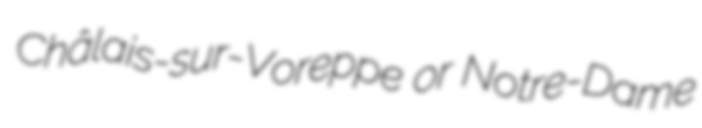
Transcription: Châlais-sur-Voreppe or Notre-Dame